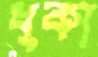
ধুকা